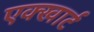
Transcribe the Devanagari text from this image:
एक्खार्ट